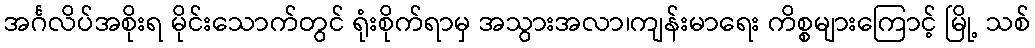
အင်္ဂလိပ်အစိုးရ မိုင်းသောက်တွင် ရုံးစိုက်ရာမှ အသွားအလာ၊ကျန်းမာရေး ကိစ္စများကြောင့် မြို့ သစ်